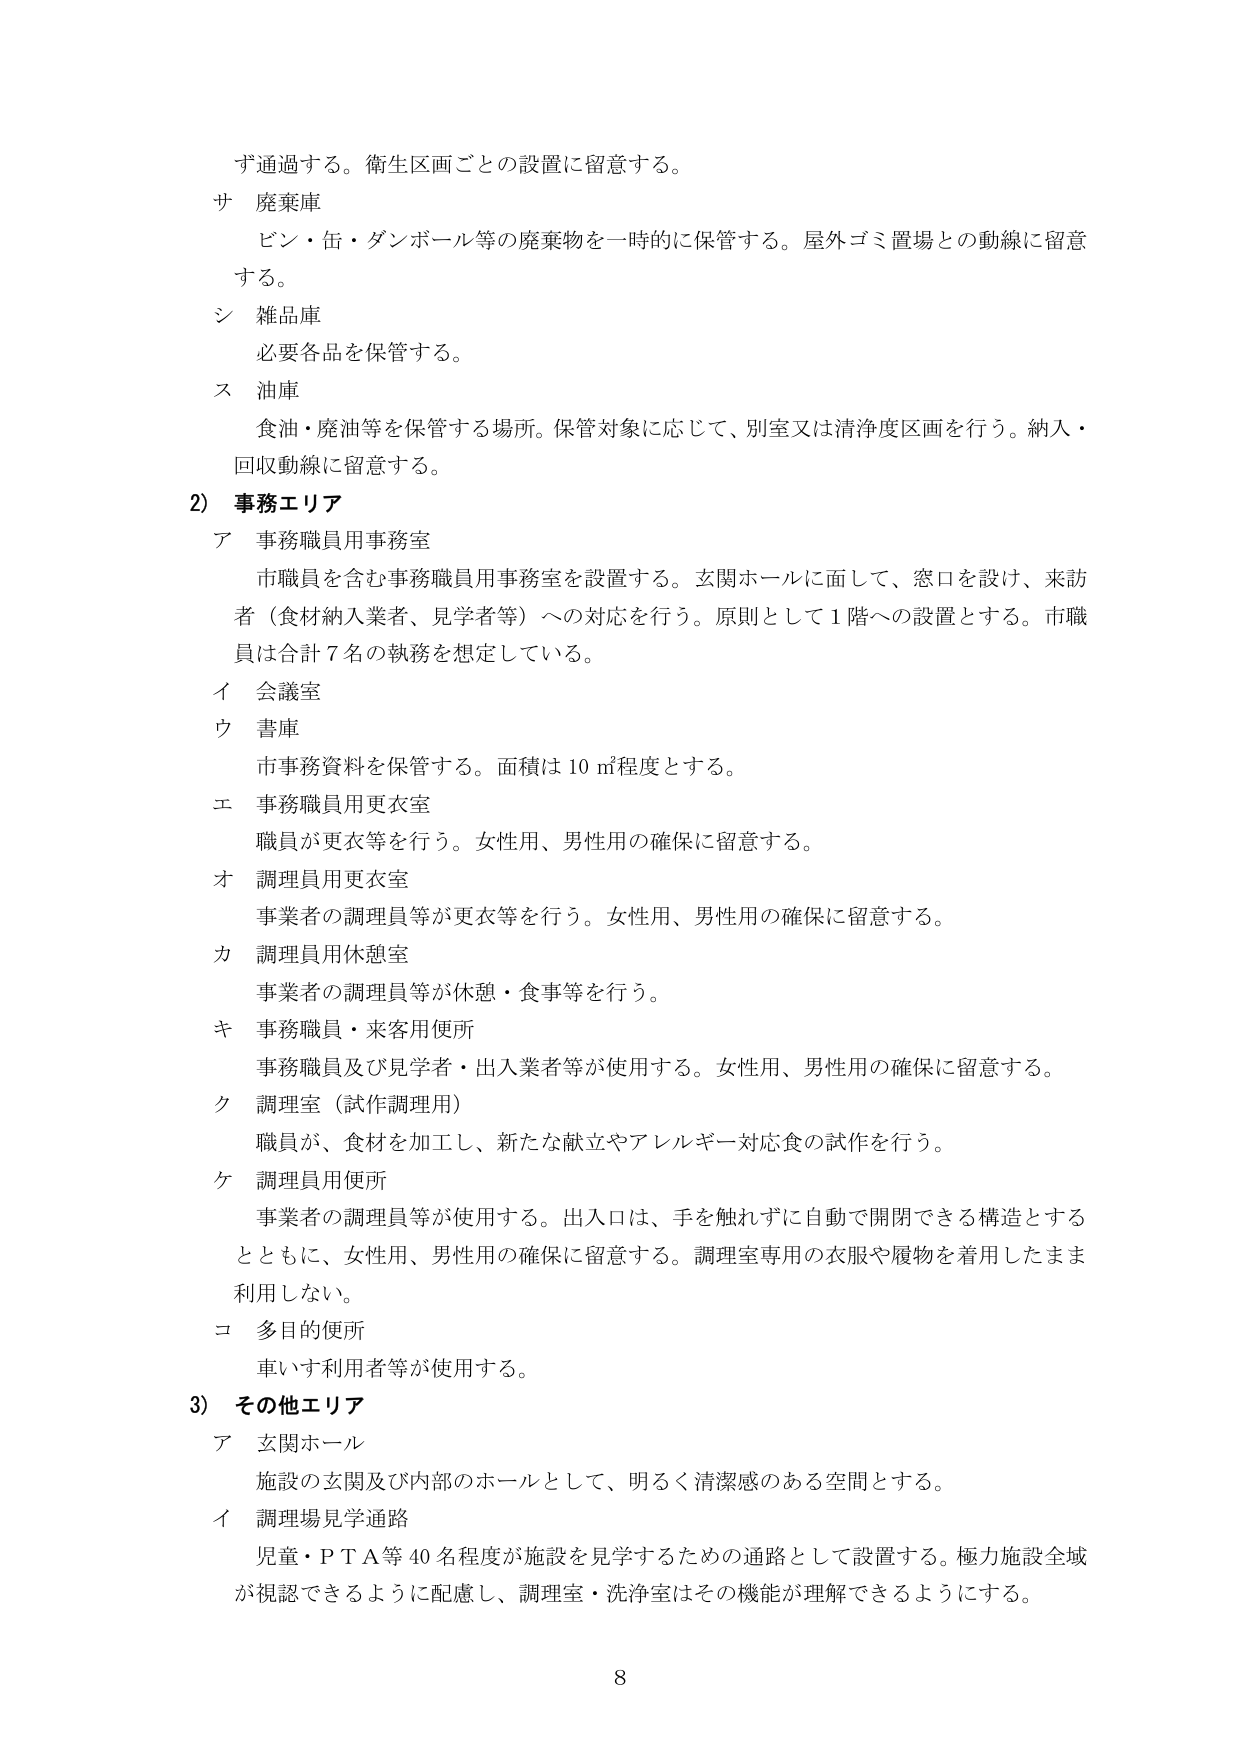
ず通過する。衛生区画ごとの設置に留意する。

サ 廃棄庫
ビン・缶・ダンボール等の廃棄物を一時的に保管する。屋外ゴミ置場との動線に留意する。

シ 雑品庫
必要各品を保管する。

ス 油庫
食油・廃油等を保管する場所。保管対象に応じて、別室又は清浄度区画を行う。納入・回収動線に留意する。

2) 事務エリア
ア 事務職員用事務室
市職員を含む事務職員用事務室を設置する。玄関ホールに面して、窓口を設け、来訪者（食材納入業者、見学者等）への対応を行う。原則として1階への設置とする。市職員は合計7名の執務を想定している。

イ 会議室
ウ 書庫
市事務資料を保管する。面積は10㎡程度とする。

エ 事務職員用更衣室
職員が更衣等を行う。女性用、男性用の確保に留意する。

オ 調理員用更衣室
事業者の調理員等が更衣等を行う。女性用、男性用の確保に留意する。

カ 調理員用休憩室
事業者の調理員等が休憩・食事等を行う。

キ 事務職員・来客用便所
事務職員及び見学者・出入業者等が使用する。女性用、男性用の確保に留意する。

ク 調理室（試作調理用）
職員が、食材を加工し、新たな献立やアレルギー対応食の試作を行う。

ケ 調理員用便所
事業者の調理員等が使用する。出入口は、手を触れずに自動で開閉できる構造とするとともに、女性用、男性用の確保に留意する。調理室専用の衣服や履物を着用したまま利用しない。

コ 多目的便所
車いす利用者等が使用する。

3) その他エリア
ア 玄関ホール
施設の玄関及び内部のホールとして、明るく清潔感のある空間とする。

イ 調理場見学通路
児童・ＰＴＡ等40名程度が施設を見学するための通路として設置する。極力施設全域が視認できるように配慮し、調理室・洗浄室はその機能が理解できるようにする。

8